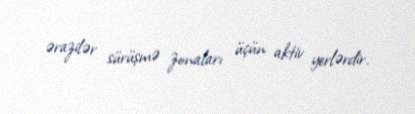
ərazilər sürüşmə zonaları üçün aktiv yerlərdir.